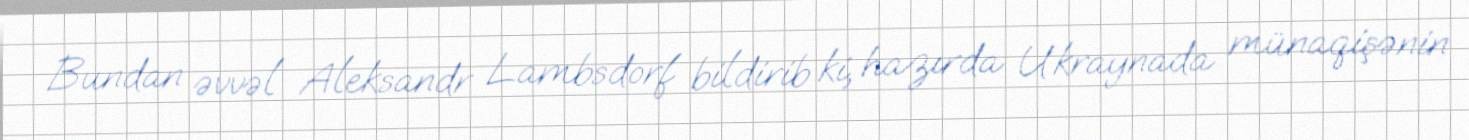
Bundan əvvəl Aleksandr Lambsdorf bildirib ki, hazırda Ukraynada münaqişənin